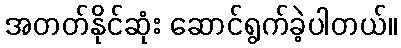
အတတ်နိုင်ဆုံး ဆောင်ရွက်ခဲ့ပါတယ်။